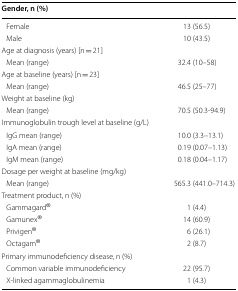
<table><thead><tr><td><b>Gender, n (%)</b></td><td></td></tr></thead><tbody><tr><td> Female</td><td>13 (56.5)</td></tr><tr><td> Male</td><td>10 (43.5)</td></tr><tr><td colspan="2">Age at diagnosis (years) [n = 21]</td></tr><tr><td> Mean (range)</td><td>32.4 (10–58)</td></tr><tr><td colspan="2">Age at baseline (years) [n = 23]</td></tr><tr><td> Mean (range)</td><td>46.5 (25–77)</td></tr><tr><td colspan="2">Weight at baseline (kg)</td></tr><tr><td> Mean (range)</td><td>70.5 (50.3-94.9)</td></tr><tr><td colspan="2">Immunoglobulin trough level at baseline (g/L)</td></tr><tr><td> IgG mean (range)</td><td>10.0 (3.3–13.1)</td></tr><tr><td> IgA mean (range)</td><td>0.19 (0.07–1.13)</td></tr><tr><td> IgM mean (range)</td><td>0.18 (0.04–1.17)</td></tr><tr><td colspan="2">Dosage per weight at baseline (mg/kg)</td></tr><tr><td> Mean (range)</td><td>565.3 (441.0–714.3)</td></tr><tr><td colspan="2">Treatment product, n (%)</td></tr><tr><td> Gammagard<sup>®</sup></td><td>1 (4.4)</td></tr><tr><td> Gamunex<sup>®</sup></td><td>14 (60.9)</td></tr><tr><td> Privigen<sup>®</sup></td><td>6 (26.1)</td></tr><tr><td> Octagam<sup>®</sup></td><td>2 (8.7)</td></tr><tr><td colspan="2">Primary immunodeficiency disease, n (%)</td></tr><tr><td> Common variable immunodeficiency</td><td>22 (95.7)</td></tr><tr><td> X-linked agammaglobulinemia</td><td>1 (4.3)</td></tr></tbody></table>